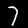
Label: 7